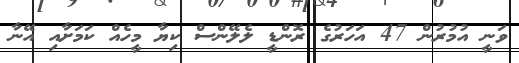
ވަނީ އުމުރުން 47 އަހަރުގެ ރޮންޑީ ލެލޭންސް ކިޔާ މީހެއް ކަމަށާއި އޭނާ